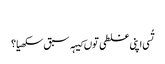
‏
تُسی اپنی غلطی توں کیہہ سبق سکھیا؟